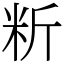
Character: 䉼